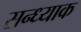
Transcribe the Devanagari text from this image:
सन्ध्याक